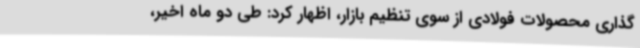
گذاری محصولات فولادی از سوی تنظیم بازار، اظهار کرد: طی دو ماه اخیر،